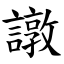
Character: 譈